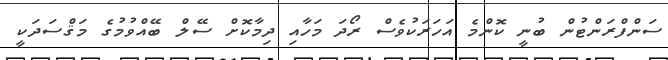
ސަންފްރަންޓުން ބުނީ ކޮންމެ އަހަރަކުވެސް ރޯދަ މަހާއި ދިމާކޮށް ސޭލް ބޭއްވުމުގެ މަޤްސަދަކީ